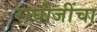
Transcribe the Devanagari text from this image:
राघोजींचा